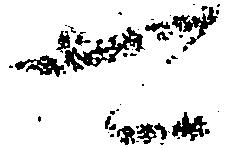
可